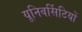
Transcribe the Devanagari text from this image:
यूनिवर्सिटियों